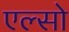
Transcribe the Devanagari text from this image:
एल्सो